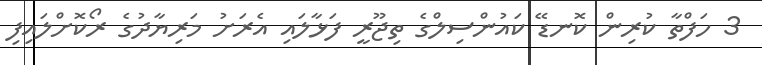
3 ހަފްތާ ކުރިން ކޮނޑޭ ކައުންސިލްގެ ތިޖޫރީ ފަޅާލައި އެރަށު މަރިޔާދުގެ ރޯކޮށްލައިފި